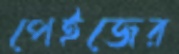
পেইজের